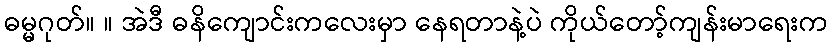
ဓမ္မဂုတ်။ ။ အဲဒီ ဓနိကျောင်းကလေးမှာ နေရတာနဲ့ပဲ ကိုယ်တော့်ကျန်းမာရေးက